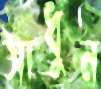
সাধুন